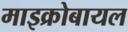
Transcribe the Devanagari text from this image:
माइक्रोबायल